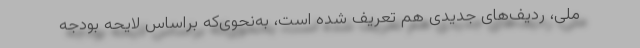
ملی، ردیف‌های جدیدی هم تعریف شده است، به‌نحوی‌كه براساس لایحه بودجه